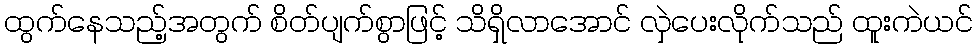
ထွက်နေသည့်အတွက် စိတ်ပျက်စွာဖြင့် သိရှိလာအောင် လှဲပေးလိုက်သည် ထူးကဲယင်